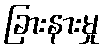
ခြားနားမှု